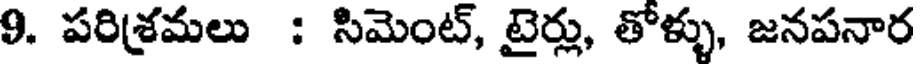
9. పరిశ్రమలు : సిమెంట్, టైర్లు, తోళ్ళు, జనపనార